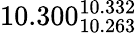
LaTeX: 10.300_{10.263}^{10.332}